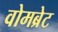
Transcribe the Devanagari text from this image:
वोमब्रेट